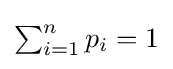
{\textstyle \sum _{i=1}^{n}p_{i}=1}